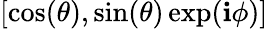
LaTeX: [\cos(\theta),\sin(\theta)\exp(\mathbf{i}\phi)]